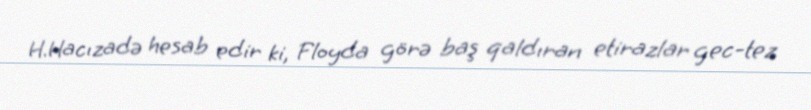
H.Hacızadə hesab edir ki, Floyda görə baş qaldıran etirazlar gec-tez